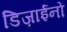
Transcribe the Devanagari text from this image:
डिज़ाईनों